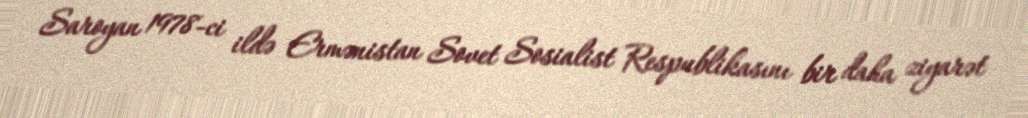
Saroyan 1978-ci ildə Ermənistan Sovet Sosialist Respublikasını bir daha ziyarət